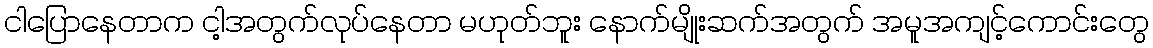
ငါပြောနေတာက ငါ့အတွက်လုပ်နေတာ မဟုတ်ဘူး နောက်မျိုးဆက်အတွက် အမူအကျင့်ကောင်းတွေ